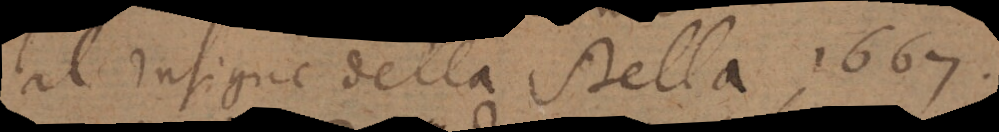
al insigne della Stella 1667.